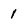
Character: 1